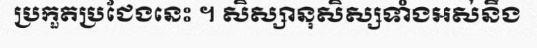
ប្រកួតប្រជែងនេះ ។ សិស្សានុសិស្សទាំងអស់នឹង